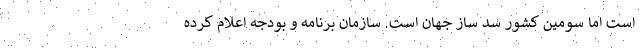
است اما سومین کشور سد ساز جهان است. سازمان برنامه و بودجه اعلام کرده